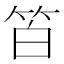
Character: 𥬝